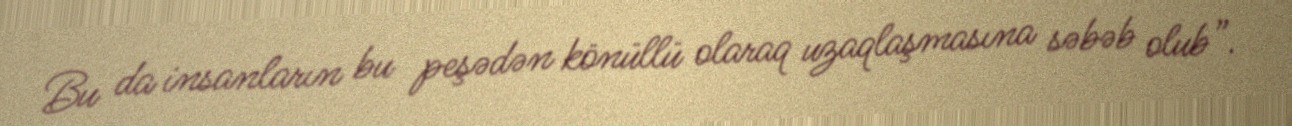
Bu da insanların bu peşədən könüllü olaraq uzaqlaşmasına səbəb olub”.